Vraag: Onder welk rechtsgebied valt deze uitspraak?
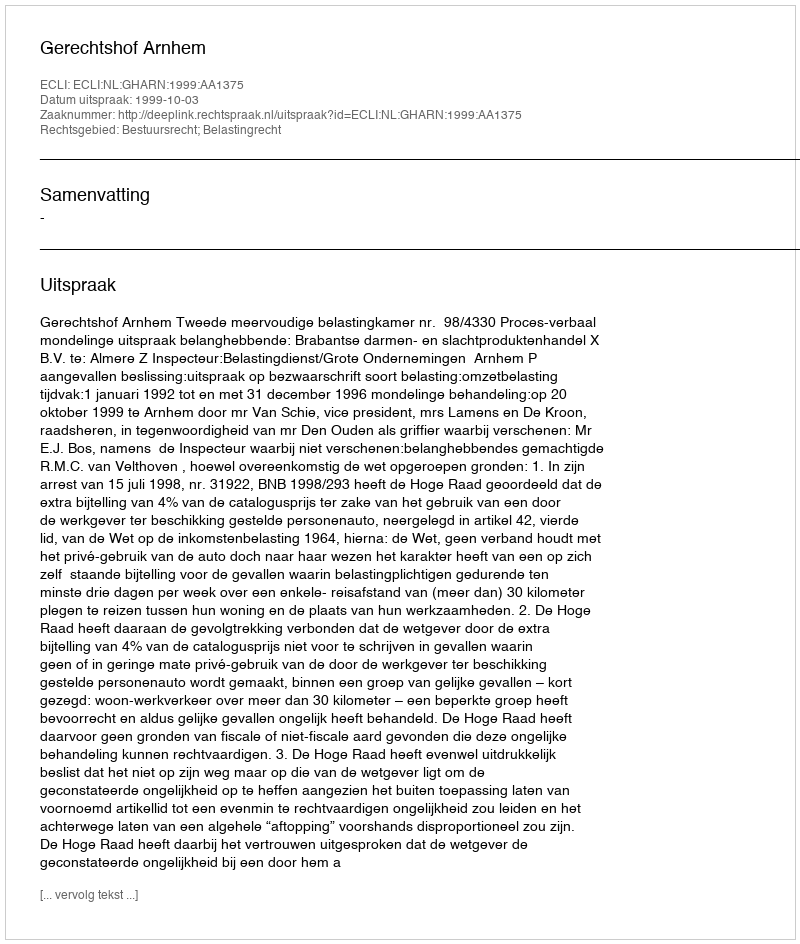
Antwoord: Bestuursrecht; Belastingrecht